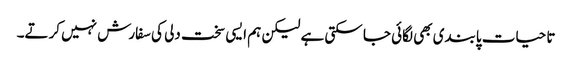
تا حیات پابندی بھی لگائی جا سکتی ہے لیکن ہم ایسی سخت دلی کی سفارش نہیں کرتے۔